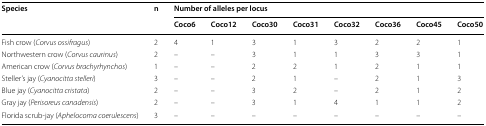
<table><thead><tr><td rowspan="2"><b>Species</b></td><td rowspan="2"><b>n</b></td><td colspan="8"><b>Number of alleles per locus</b></td></tr><tr><td><b>Coco6</b></td><td><b>Coco12</b></td><td><b>Coco30</b></td><td><b>Coco31</b></td><td><b>Coco32</b></td><td><b>Coco36</b></td><td><b>Coco45</b></td><td><b>Coco50</b></td></tr></thead><tbody><tr><td>Fish crow (<i>Corvus ossifragus</i>)</td><td>2</td><td>4</td><td>1</td><td>3</td><td>1</td><td>3</td><td>2</td><td>2</td><td>1</td></tr><tr><td>Northwestern crow (<i>Corvus caurinus</i>)</td><td>2</td><td>–</td><td>–</td><td>3</td><td>1</td><td>1</td><td>3</td><td>3</td><td>1</td></tr><tr><td>American crow (<i>Corvus brachyrhynchos</i>)</td><td>1</td><td>–</td><td>–</td><td>2</td><td>2</td><td>1</td><td>2</td><td>1</td><td>1</td></tr><tr><td>Steller’s jay (<i>Cyanocitta stelleri</i>)</td><td>3</td><td>–</td><td>–</td><td>2</td><td>1</td><td>–</td><td>2</td><td>1</td><td>3</td></tr><tr><td>Blue jay (<i>Cyanocitta cristata</i>)</td><td>2</td><td>–</td><td>–</td><td>3</td><td>2</td><td>–</td><td>2</td><td>1</td><td>2</td></tr><tr><td>Gray jay (<i>Perisoreus canadensis</i>)</td><td>2</td><td>–</td><td>–</td><td>3</td><td>1</td><td>4</td><td>1</td><td>1</td><td>2</td></tr><tr><td>Florida scrub-jay (<i>Aphelocoma coerulescens</i>)</td><td>3</td><td>–</td><td>–</td><td>–</td><td>–</td><td>–</td><td>–</td><td>–</td><td>–</td></tr></tbody></table>